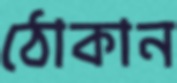
ঠোকান